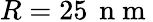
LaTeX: R=25\, \mathrm{~n~m~}